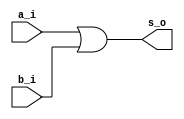
module or_gate (
    input a_i, b_i,
    output s_o
);
    assign s_o = (a_i | b_i);
endmodule